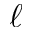
\ell